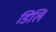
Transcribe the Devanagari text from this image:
डिलि